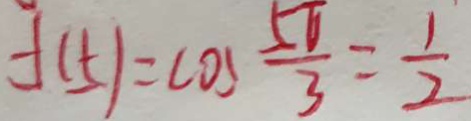
f ( 5 ) = \cos \frac { 5 \pi } { 3 } = \frac { 1 } { 2 }